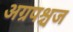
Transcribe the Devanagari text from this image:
अग्रपश्चज